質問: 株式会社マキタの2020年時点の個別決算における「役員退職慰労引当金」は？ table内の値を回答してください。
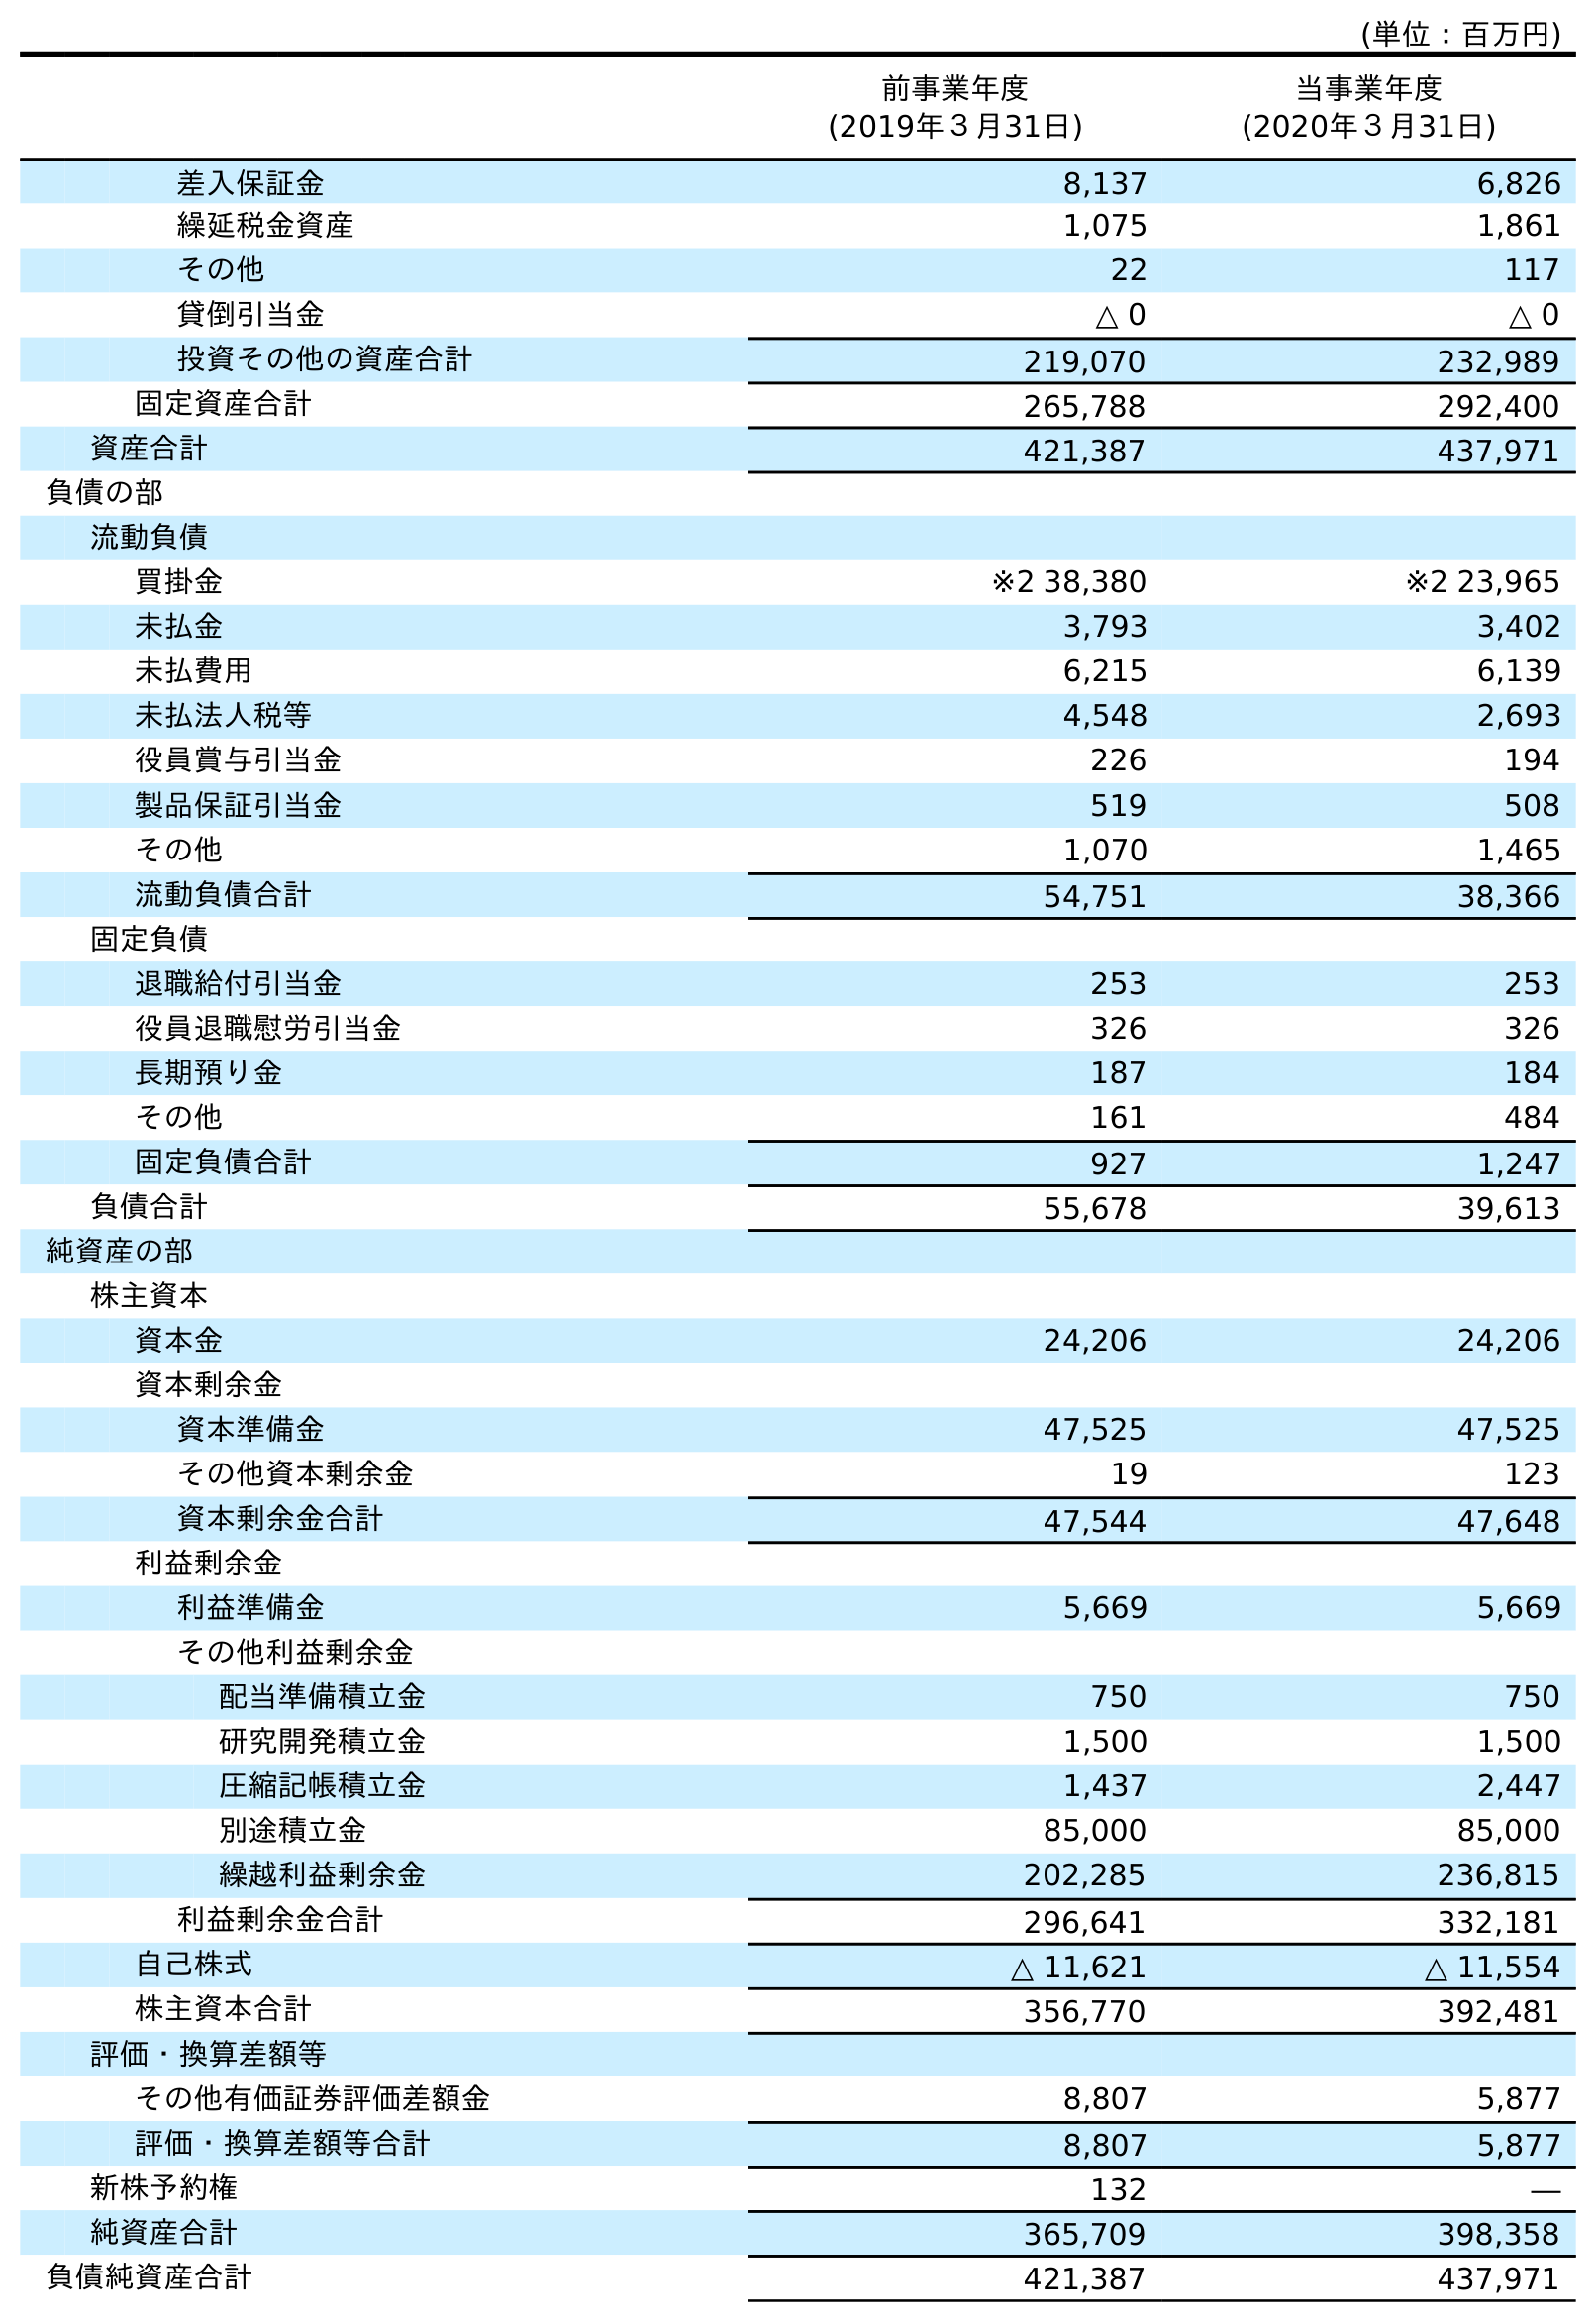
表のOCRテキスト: (単位：百万円) 前事業年度 (2019年３月31日) 当事業年度 (2020年３月31日) 差入保証金 8,137 6,826 繰延税金資産 1,075 1,861 その他 22 117 貸倒引当金 △ 0 △ 0 投資その他の資産合計 219,070 232,989 固定資産合計 265,788 292,400 資産合計 421,387 437,971 負債の部 流動負債 買掛金 ※2 38,380 ※2 23,965 未払金 3,793 3,402 未払費用 6,215 6,139 未払法人税等 4,548 2,693 役員賞与引当金 226 194 製品保証引当金 519 508 その他 1,070 1,465 流動負債合計 54,751 38,366 固定負債 退職給付引当金 253 253 役員退職慰労引当金 326 326 長期預り金 187 184 その他 161 484 固定負債合計 927 1,247 負債合計 55,678 39,613 純資産の部 株主資本 資本金 24,206 24,206 資本剰余金 資本準備金 47,525 47,525 その他資本剰余金 19 123 資本剰余金合計 47,544 47,648 利益剰余金 利益準備金 5,669 5,669 その他利益剰余金 配当準備積立金 750 750 研究開発積立金 1,500 1,500 圧縮記帳積立金 1,437 2,447 別途積立金 85,000 85,000 繰越利益剰余金 202,285 236,815 利益剰余金合計 296,641 332,181 自己株式 △ 11,621 △ 11,554 株主資本合計 356,770 392,481 評価・換算差額等 その他有価証券評価差額金 8,807 5,877 評価・換算差額等合計 8,807 5,877 新株予約権 132 ― 純資産合計 365,709 398,358 負債純資産合計 421,387 437,971
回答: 326